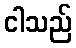
ငါသည်